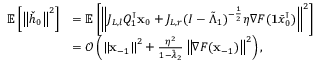
\begin{array} { r l } { \mathbb { E } \left[ \left\Vert \check { h } _ { 0 } \right\Vert ^ { 2 } \right] } & { = \mathbb { E } \left[ \left\Vert J _ { L , l } Q _ { 1 } ^ { \intercal } \mathbf { x } _ { 0 } + J _ { L , r } ( I - \tilde { \Lambda } _ { 1 } ) ^ { - \frac { 1 } { 2 } } \eta \nabla F ( \mathbf { 1 } \bar { x } _ { 0 } ^ { \intercal } ) \right\Vert ^ { 2 } \right] } \\ & { = \mathcal { O } \left( \left\Vert \mathbf { x } _ { - 1 } \right\Vert ^ { 2 } + \frac { \eta ^ { 2 } } { 1 - \tilde { \lambda } _ { 2 } } \left\Vert \nabla F ( \mathbf { x } _ { - 1 } ) \right\Vert ^ { 2 } \right) , } \end{array}